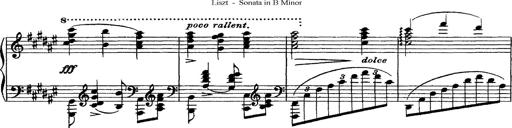
Title: Piano Sonata
Composer: Karl HÃ¤ssler
Key: C major